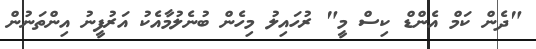
"ދެން ކަމް އެންޑް ކިސް މީ" ރުހައިލު މިހެން ބުނެލުމާއެކު އަރުފީނު އިންތަނުން